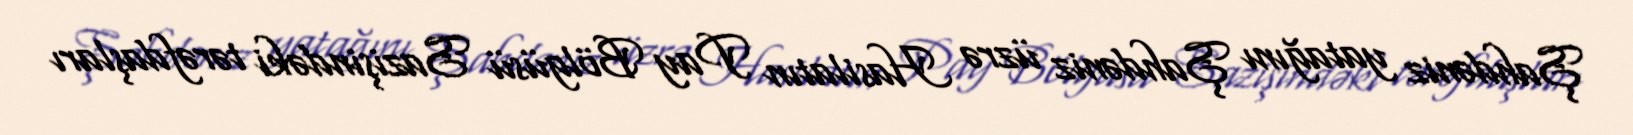
Şahdəniz yatağını Şahdəniz üzrə Hasilatın Pay Bölgüsü Sazişindəki tərəfdaşları